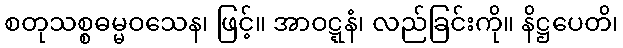
စတုသစ္စဓမ္မဝသေန၊ ဖြင့်။ အာဝဋ္ဋနံ၊ လည်ခြင်းကို။ နိဋ္ဌပေတိ၊